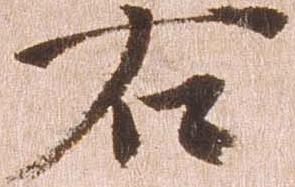
右